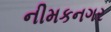
નીમકનગર